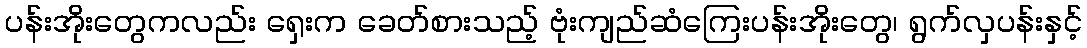
ပန်းအိုးတွေကလည်း ရှေးက ခေတ်စားသည့် ဗုံးကျည်ဆံကြေးပန်းအိုးတွေ၊ ရွက်လှပန်းနှင့်